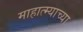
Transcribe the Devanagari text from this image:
माहात्म्याच्या